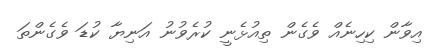
އިވާން ކިހިނެއް ވެގެން ތިއުޅެނީ ކުރެވުނު އަނިޔާ ކުޑަ ވެގެންތަ